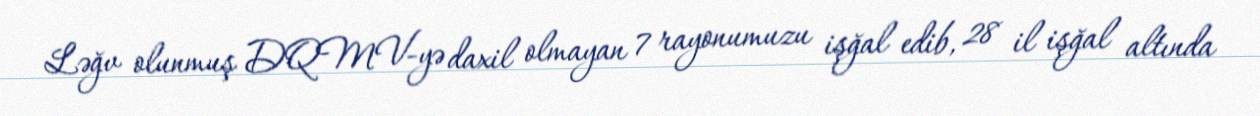
Ləğv olunmuş DQMV-yə daxil olmayan 7 rayonumuzu işğal edib, 28 il işğal altında